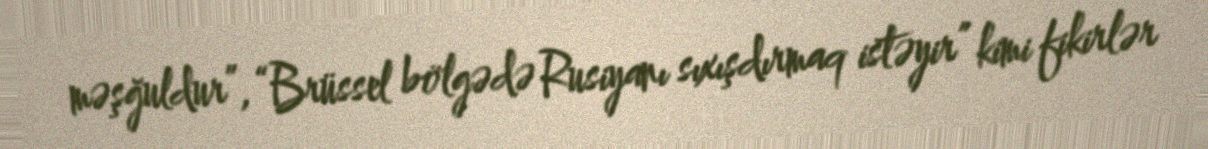
məşğuldur”, “Brüssel bölgədə Rusiyanı sıxışdırmaq istəyir” kimi fikirlər